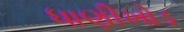
ધાણીખોડ